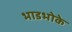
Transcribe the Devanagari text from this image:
भाडभोके